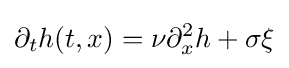
\partial _{t}h(t,x)=\nu \partial _{x}^{2}h+\sigma \xi